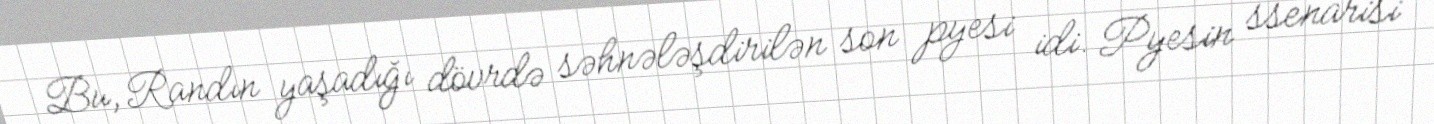
Bu, Randın yaşadığı dövrdə səhnələşdirilən son pyesi idi. Pyesin ssenarisi